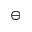
\ominus